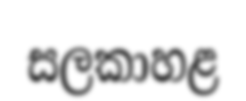
සලකාහළ